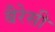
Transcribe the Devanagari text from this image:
बैरेसी